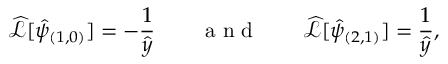
\widehat { \mathcal { L } } [ \hat { \psi } _ { { ( 1 , 0 ) } } ] = - \frac { 1 } { \hat { y } } \qquad \mathrm { ~ a ~ n ~ d ~ } \qquad \widehat { \mathcal { L } } [ \hat { \psi } _ { ( 2 , 1 ) } ] = \frac { 1 } { \hat { y } } ,